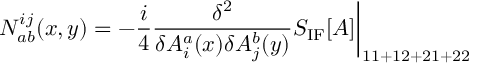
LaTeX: N _ { a b } ^ { i j } ( x , y ) = - { \frac { i } { 4 } } { \frac { \delta ^ { 2 } } { \delta A _ { i } ^ { a } ( x ) \delta A _ { j } ^ { b } ( y ) } } S _ { \mathrm { I F } } [ A ] \bigg | _ { 1 1 + 1 2 + 2 1 + 2 2 }